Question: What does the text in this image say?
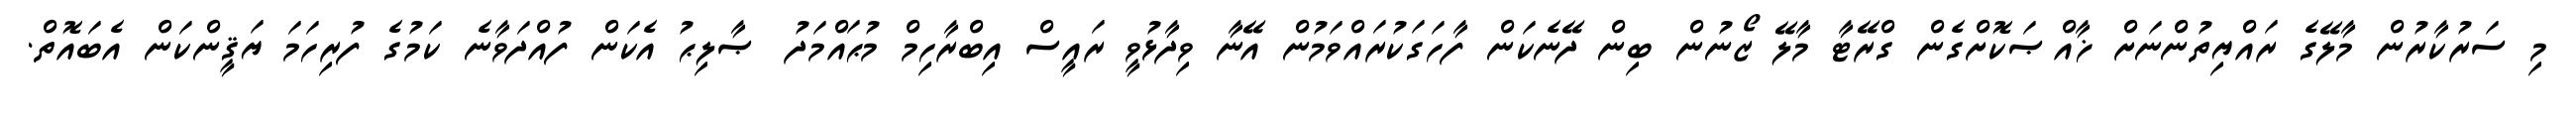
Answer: މި ސަރުކާރުން މާލޭގެ ރައްޔިތުންނަށް ޚާއްޞަކޮށްގެން ގްރޭޓާ މާލޭ ޒޯނުން ބިން ދޭނެކަން ފާހަގަކުރައްވަމުން އޭނާ ވިދާޅުވީ ރައީސް އިބްރާހިމް މުޙައްމަދު ޞާލިޙު އެކަން ފުއްދަވާނެ ކަމުގެ ފުރިހަމަ ޔަޤީންކަން އެބައޮތް.